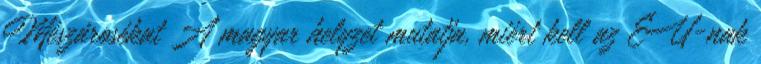
Mészárosékat A magyar helyzet mutatja, miért kell az EU-nak